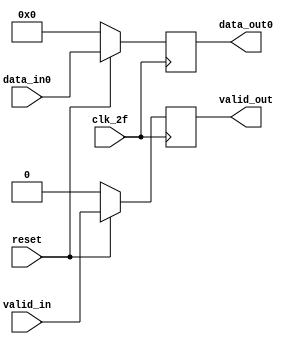
module FlopsSerialUnstripe (
                      input [7:0]data_in0,
                      input valid_in,
                      input clk_2f,
                      input reset,
                      output reg valid_out,
                      output reg [7:0]data_out0

                      );

   always @ (posedge clk_2f) begin
      if (!reset) begin
         data_out0 <= 0;
         valid_out <= 0;

      end else begin
         data_out0 <= data_in0;
         valid_out <= valid_in;
      end
   end

endmodule